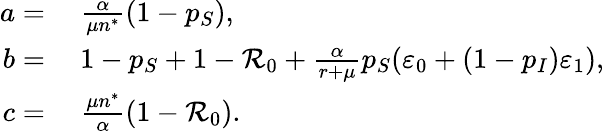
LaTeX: \begin{array}{rl}{a=}&{{}~\frac{\alpha}{\mu n^{*}}(1-p_{S}),}\\ {b=}&{{}~1-p_{S}+1-\mathcal{R}_{0}+\frac{\alpha}{r+\mu}p_{S}(\varepsilon_{0}+(1-p_{I})\varepsilon_{1}),}\\ {c=}&{{}~\frac{\mu n^{*}}{\alpha}(1-\mathcal{R}_{0}).}\end{array}